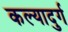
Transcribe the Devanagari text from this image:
कल्यादुर्ग